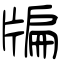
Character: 牑